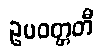
ဥပဝတ္တတီ